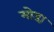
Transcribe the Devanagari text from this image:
मोडा़